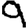
Digit: 9